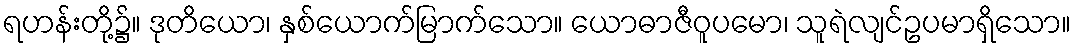
ရဟန်းတို့၌။ ဒုတိယော၊ နှစ်ယောက်မြာက်သော။ ယောဓာဇီဝူပမော၊ သူရဲလျင်ဥပမာရှိသော။